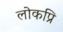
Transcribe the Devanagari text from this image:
लोकप्रि